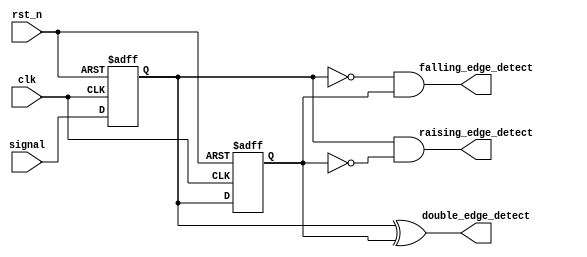
`timescale 1ns / 1ps
//////////////////////////////////////////////////////////////////////////////////
// Company: 
// Engineer: 
// 
// Design Name: 
// Module Name: edge_detector
// Project Name: 
// Target Devices: 
// Tool Versions: 
// Description: 
// 
// Dependencies: 
// 
// Revision:
// Revision 0.01 - File Created
// Additional Comments:
// 
//////////////////////////////////////////////////////////////////////////////////


module edge_detector(
    input clk,
    input rst_n,
    input signal,      //signal to be dected
    output raising_edge_detect, falling_edge_detect, //raising edge and falling edge of the signal
    output double_edge_detect //two edges of the signal
    );

reg q0, q1;
assign raising_edge_detect = q0 & (~q1);
assign falling_edge_detect = ~q0 & q1;
assign double_edge_detect = q0 ^ q1;

always@(posedge clk, negedge rst_n)
begin
    if(!rst_n)
    begin
        q0 <= 0;
        q1 <= 0;
    end
    else
    begin
        q1 <= q0;
        q0 <= signal;
    end
end
endmodule